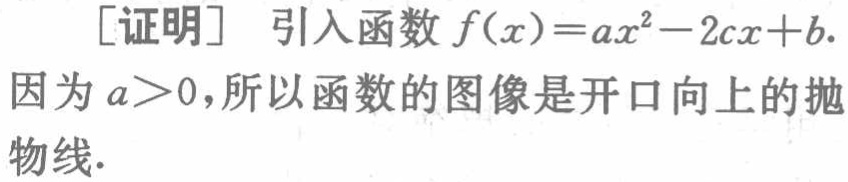
[证明] 引入函数 \(f(x)=ax^{2}-2cx + b\).

因为 \(a>0\)，所以函数的图像是开口向上的抛物线.